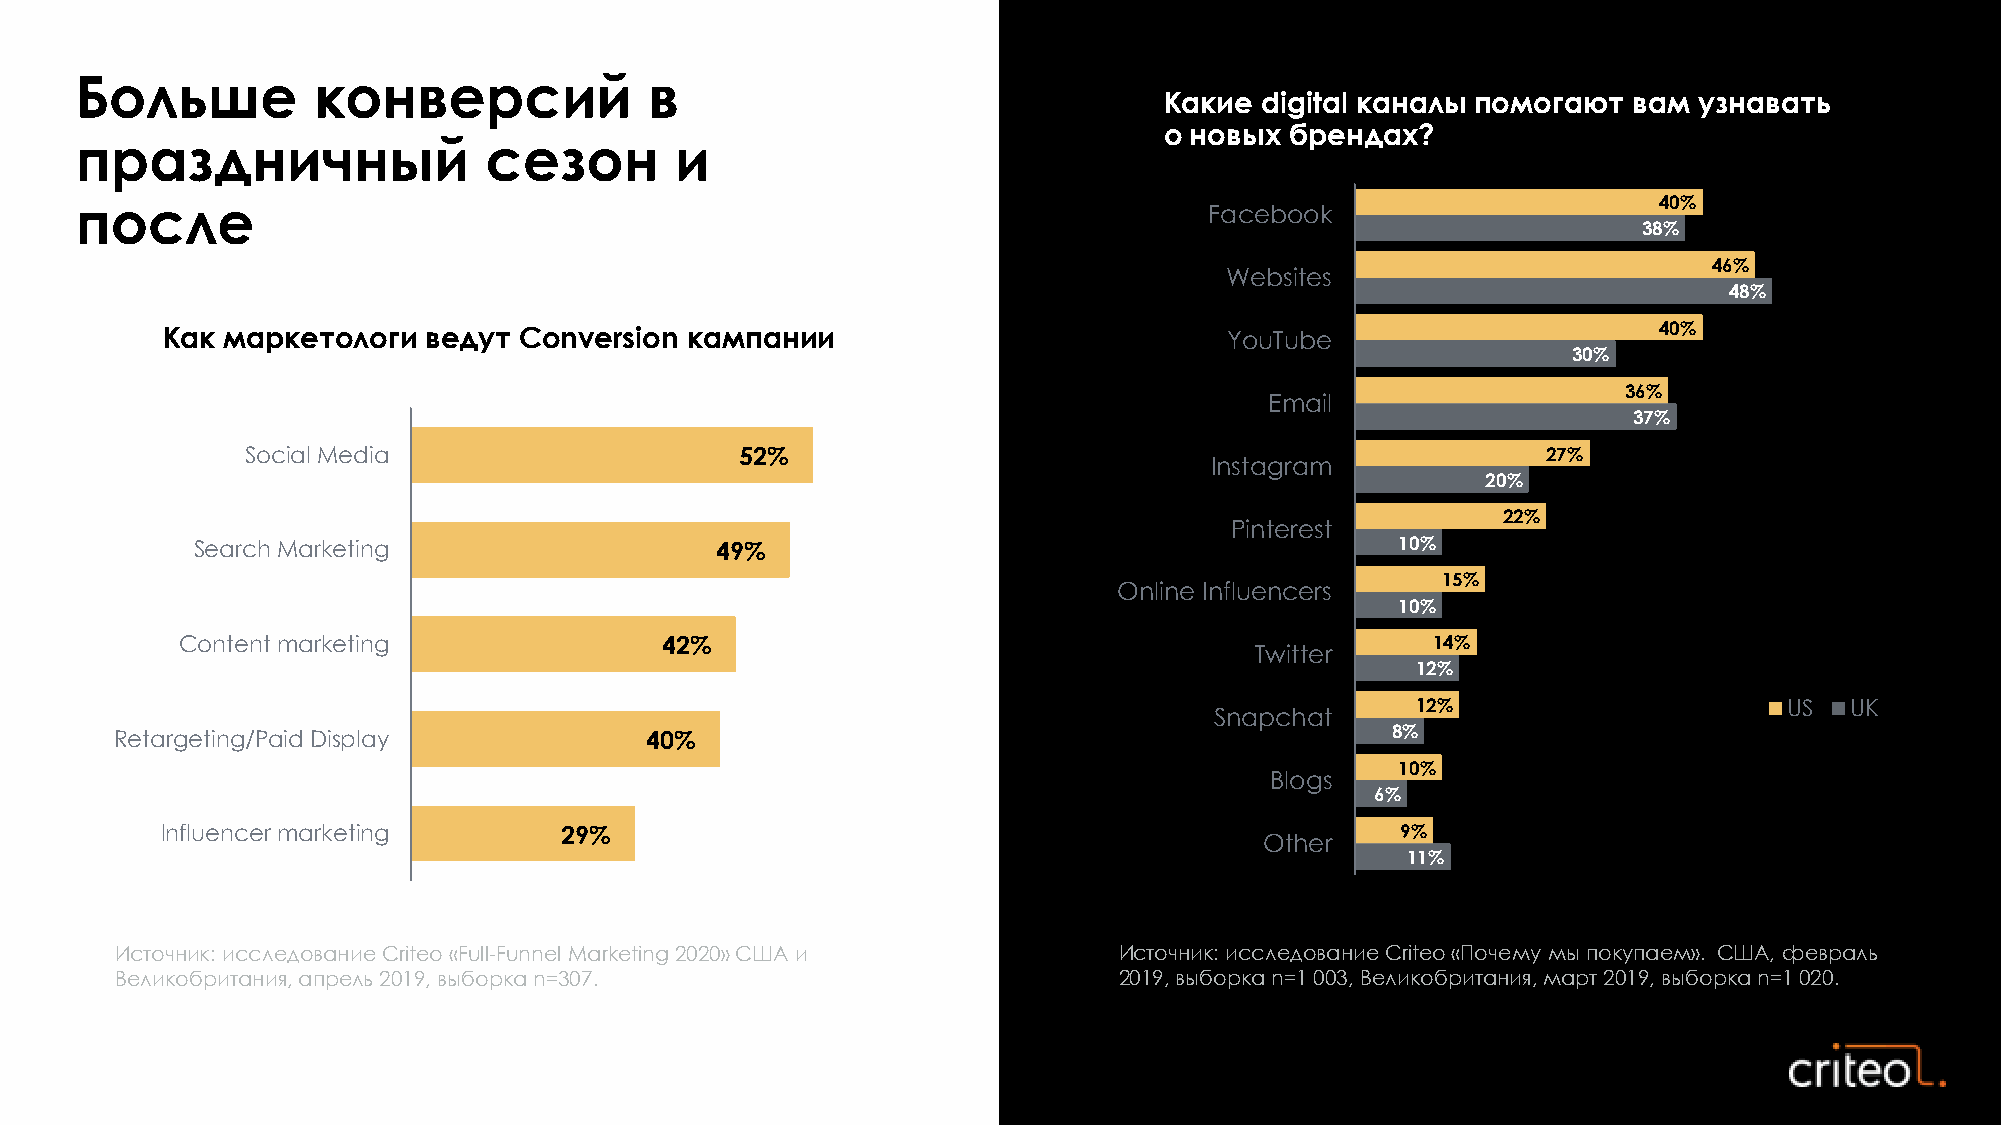
Больше          конверсий             в
 Какие digital каналы помогают  вам узнавать
 о новых брендах?
 праздничный                сезон        и
 40%
 после                                                                      Facebook
 38%
 46%
 Websites
 48%
 40%
 Как маркетологи  ведут Conversion кампании                            YouTube
 30%
 36%
 Email
 37%
 Social Media                     52%                                                  27%
 Instagram
 20%
 22%
 Pinterest
 Search Marketing                  49%                                           10%
 15%
 Online Influencers
 10%
 Content marketing               42%                                                14%
 Twitter
 12%
 12%                     US  UK
 Snapchat
 Retargeting/Paid Display           40%                                              8%
 10%
 Blogs
 6%
 Influencer marketing      29%                                                     9%
 Other
 11%
 Источник: исследование Criteo «Full-Funnel Marketing 2020» США и  Источник: исследование Criteo «Почему мы покупаем». США, февраль
 Великобритания, апрель 2019, выборка n=307.                       2019, выборка n=1 003, Великобритания, март 2019, выборка n=1 020.